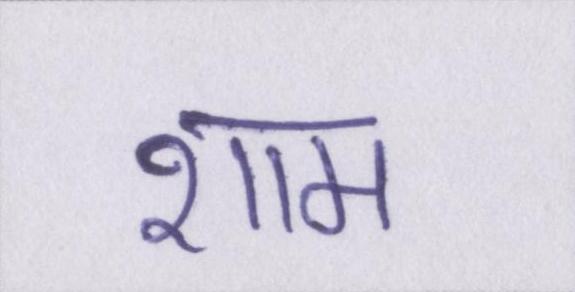
शाम